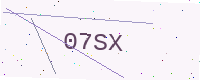
Text: 07SX